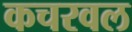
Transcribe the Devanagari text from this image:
कचरवल